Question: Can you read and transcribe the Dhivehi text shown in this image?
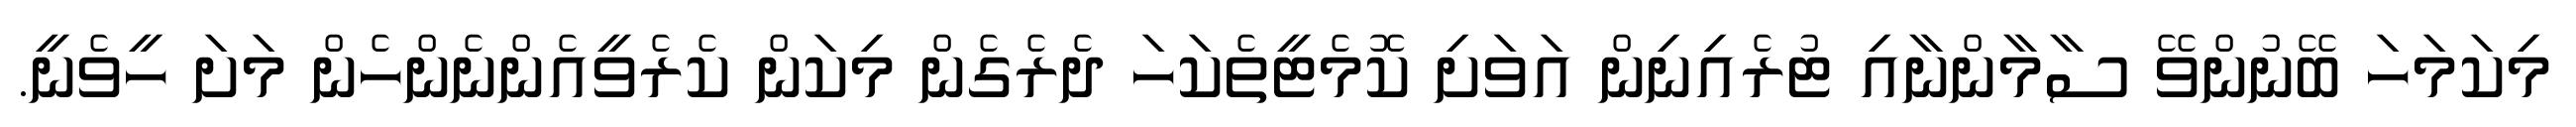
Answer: މިކަމަހަ ބޭނުންވޭ ސާމާންނާއި ޓުރެއިނިން އަވަށި ކޮމެޓީތެކަހަ ދެރެގެން މިކަން ކެރެވީއެންނެންހެން މަށަ ހީވެނީ.